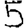
Digit: 5